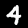
Digit: 4